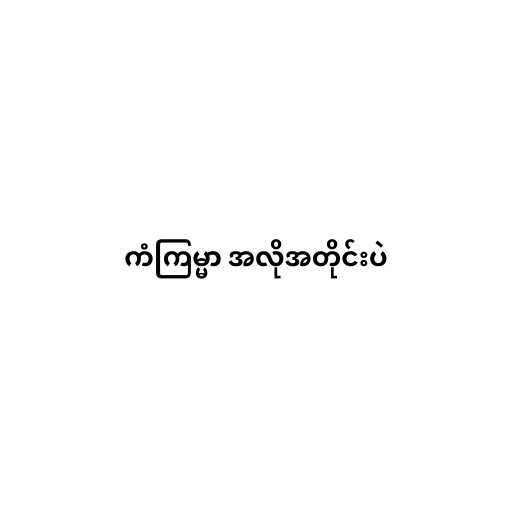
ကံကြမ္မာ အလိုအတိုင်းပဲ